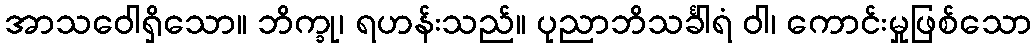
အာသဝေါရှိသော။ ဘိက္ခု၊ ရဟန်းသည်။ ပုညာဘိသင်္ခါရံ ဝါ၊ ကောင်းမှုဖြစ်သော